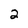
Character: 2